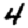
Digit: 4